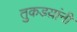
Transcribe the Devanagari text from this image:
तुकडय़ांनी